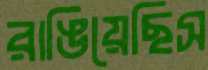
রাঙিয়েছিস